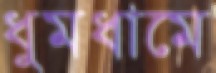
ধুমধামে